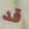
قد